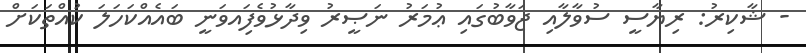
- ޝާކިރު: ރިޔާސީ ސުވާލާއި ޖަވާބުގައި ޢުމަރު ނަޞީރު ވިދާޅުވެފަިއވަނީ ބައެއްކަހަލަ ކުއްތަކަށް